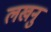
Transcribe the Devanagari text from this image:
लखनु